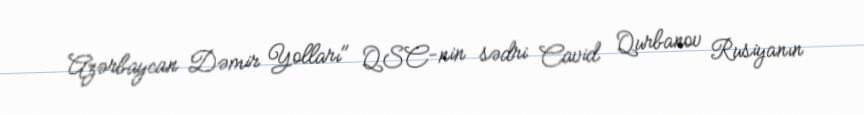
Azərbaycan Dəmir Yolları" QSC-nin sədri Cavid Qurbanov Rusiyanın